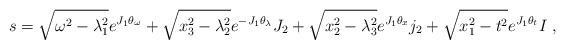
LaTeX: \begin{align*} s = \sqrt{\omega^2 - \lambda_1^2} e^{J_1 \theta_\omega} + \sqrt{x_3^2 - \lambda_2^2} e^{-J_1 \theta_\lambda}J_2 + \sqrt{x_2^2 - \lambda_3^2} e^{J_1 \theta_x}j_2 + \sqrt{x_1^2 - t^2} e^{J_1 \theta_t}I ~,\end{align*}